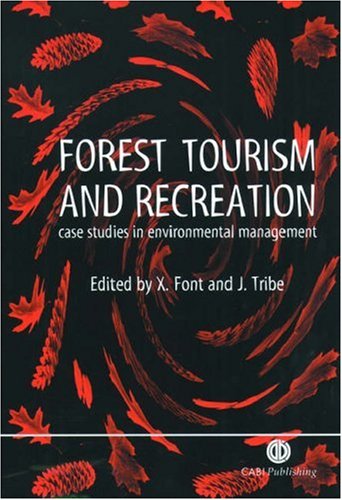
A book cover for Forest Tourism and Recreation: Case Studies in Environmental Management (Cabi); Xavier Font; Travel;